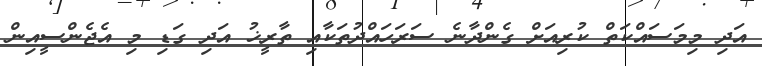
އަދި މިމަސައްކަތް ކުރިއަށް ގެންދާނެ ސަރަހައްދުތަކާއި ތާރީޚު އަދި ގަޑި މި އެޖެންސީއިން